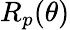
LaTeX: R_{p}(\theta)